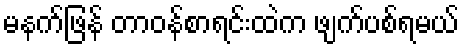
မနက်ဖြန် တာဝန်စာရင်းထဲက ဖျက်ပစ်ရမယ်